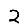
Digit: 2